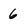
Character: 6